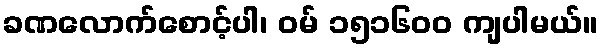
ခဏလောက်စောင့်ပါ၊ ဝမ် ၁၅၁၆၀၀ ကျပါမယ်။